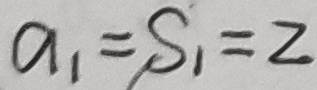
a _ { 1 } = S _ { 1 } = 2